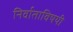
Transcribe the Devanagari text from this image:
निर्वाताविषयी